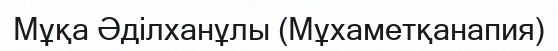
Мұқа Әділханұлы (Мұхаметқанапия)